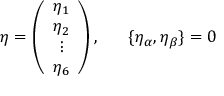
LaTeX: \eta = \left( \begin{array} { c } { { \eta _ { 1 } } } \\ { { \eta _ { 2 } } } \\ { { \vdots } } \\ { { \eta _ { 6 } } } \end{array} \right) , ~ ~ ~ ~ ~ \{ \eta _ { \alpha } , \eta _ { \beta } \} = 0